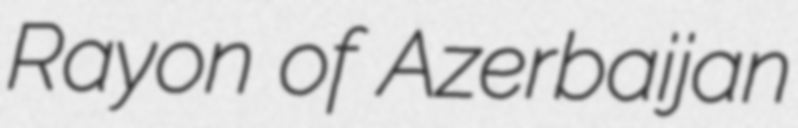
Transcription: Rayon of Azerbaijan